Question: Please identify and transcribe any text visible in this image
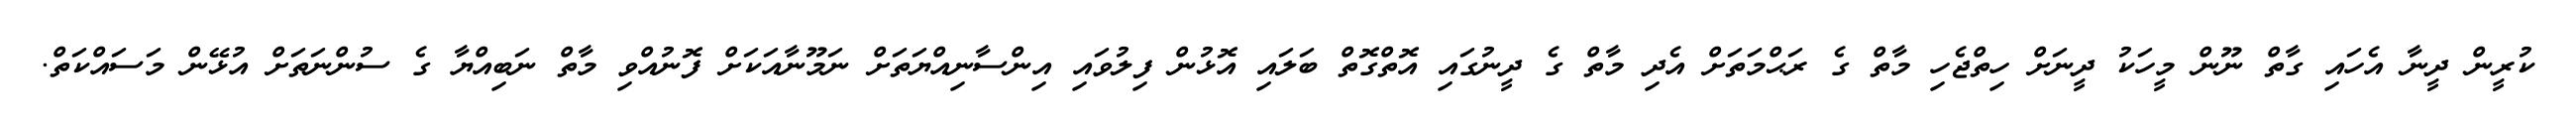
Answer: ކުރީން ދީނާ އެހައި ގާތް ނޫން މީހަކު ދީނަށް ހިތްޖެހި މާތް ގެ ރަޙްމަތަށް އެދި މާތް ގެ ދީނުގައި އޮތްގޮތް ބަލައި އޮޅުން ފިލުވައި އިންސާނިއްޔަތަށް ނަމޫނާއަކަށް ފޮނުއްވި މާތް ނަބިއްޔާ ގެ ސުންނަތަށް އުޅޭން މަސައްކަތް.